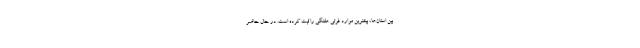
بین استان‌ها، بیشترین موارد فوتی هفتگی را ثبت کرده است. در حال حاضر